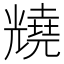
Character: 𫤦